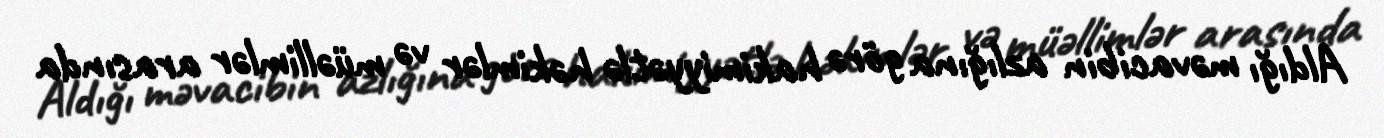
Aldığı məvacibin azlığına görə hakimiyyətlə həkimlər və müəllimlər arasında